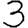
Digit: 3